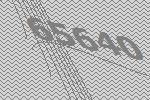
65640